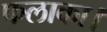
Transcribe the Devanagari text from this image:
फलाका।